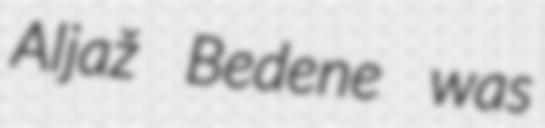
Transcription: Aljaž Bedene was